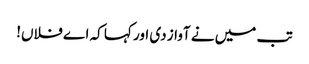
تب میں نے آواز دی اور کہا کہ اے فلاں!